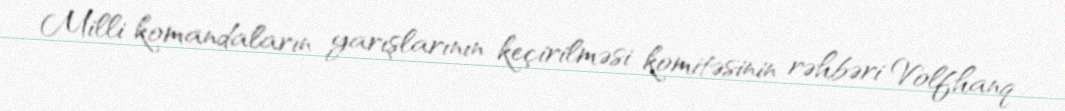
Milli komandaların yarışlarının keçirilməsi komitəsinin rəhbəri Volfhanq